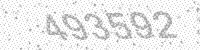
Solution: 493592